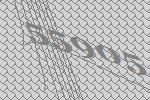
55905